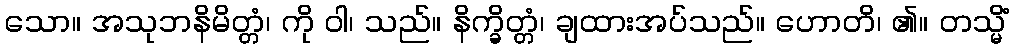
သော။ အသုဘနိမိတ္တံ၊ ကို ဝါ၊ သည်။ နိက္ခိတ္တံ၊ ချထားအပ်သည်။ ဟောတိ၊ ၏။ တသ္မိံ